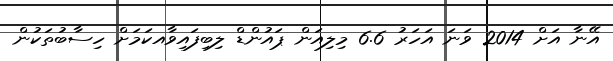
އޭނާ އަށް 2014 ވަނަ އަހަރު 6.6 މިލިއަން ޕައުންޑް ލިބިފައިވާއކަމަށް ހިސާބުތަކުން